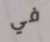
في